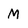
Character: M